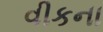
વીકના